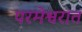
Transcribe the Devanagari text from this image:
परमेश्वरात